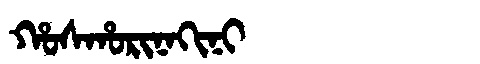
Manchu: ᡥᠣᠰᡥᠣᡵᡳᠨᠠᡴᡳᠨᡳ
Romanization: HOSHORINAKINI